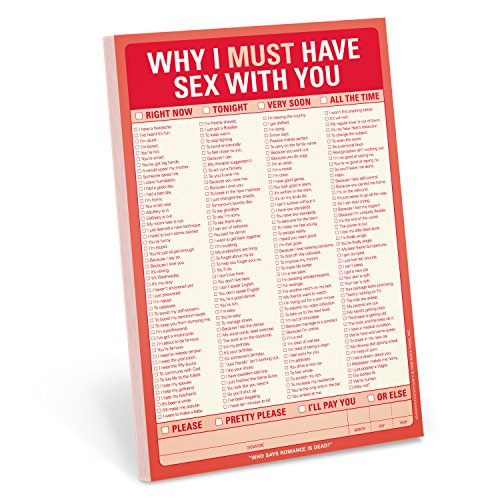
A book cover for Knock Knock Why I Must Have Sex With You Pad; Knock Knock; Humor & Entertainment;